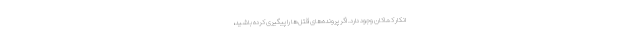
انکار کماکان وجود دارد. اگر پرونده‌های قتل‌ها را پیگیری کرده باشید،